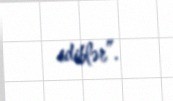
ediblər”.